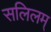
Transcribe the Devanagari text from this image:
सलिलम्